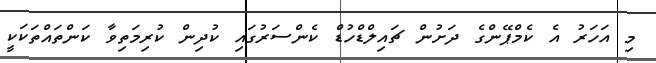
މި އަހަރު އެ ކެމްޕޭންގެ ދަށުން ޗައިލްޑްހުޑް ކެންސަރުގައި ކުދިން ކުރިމަތިވާ ކަންތައްތަކަކީ